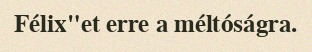
Félix"et erre a méltóságra.